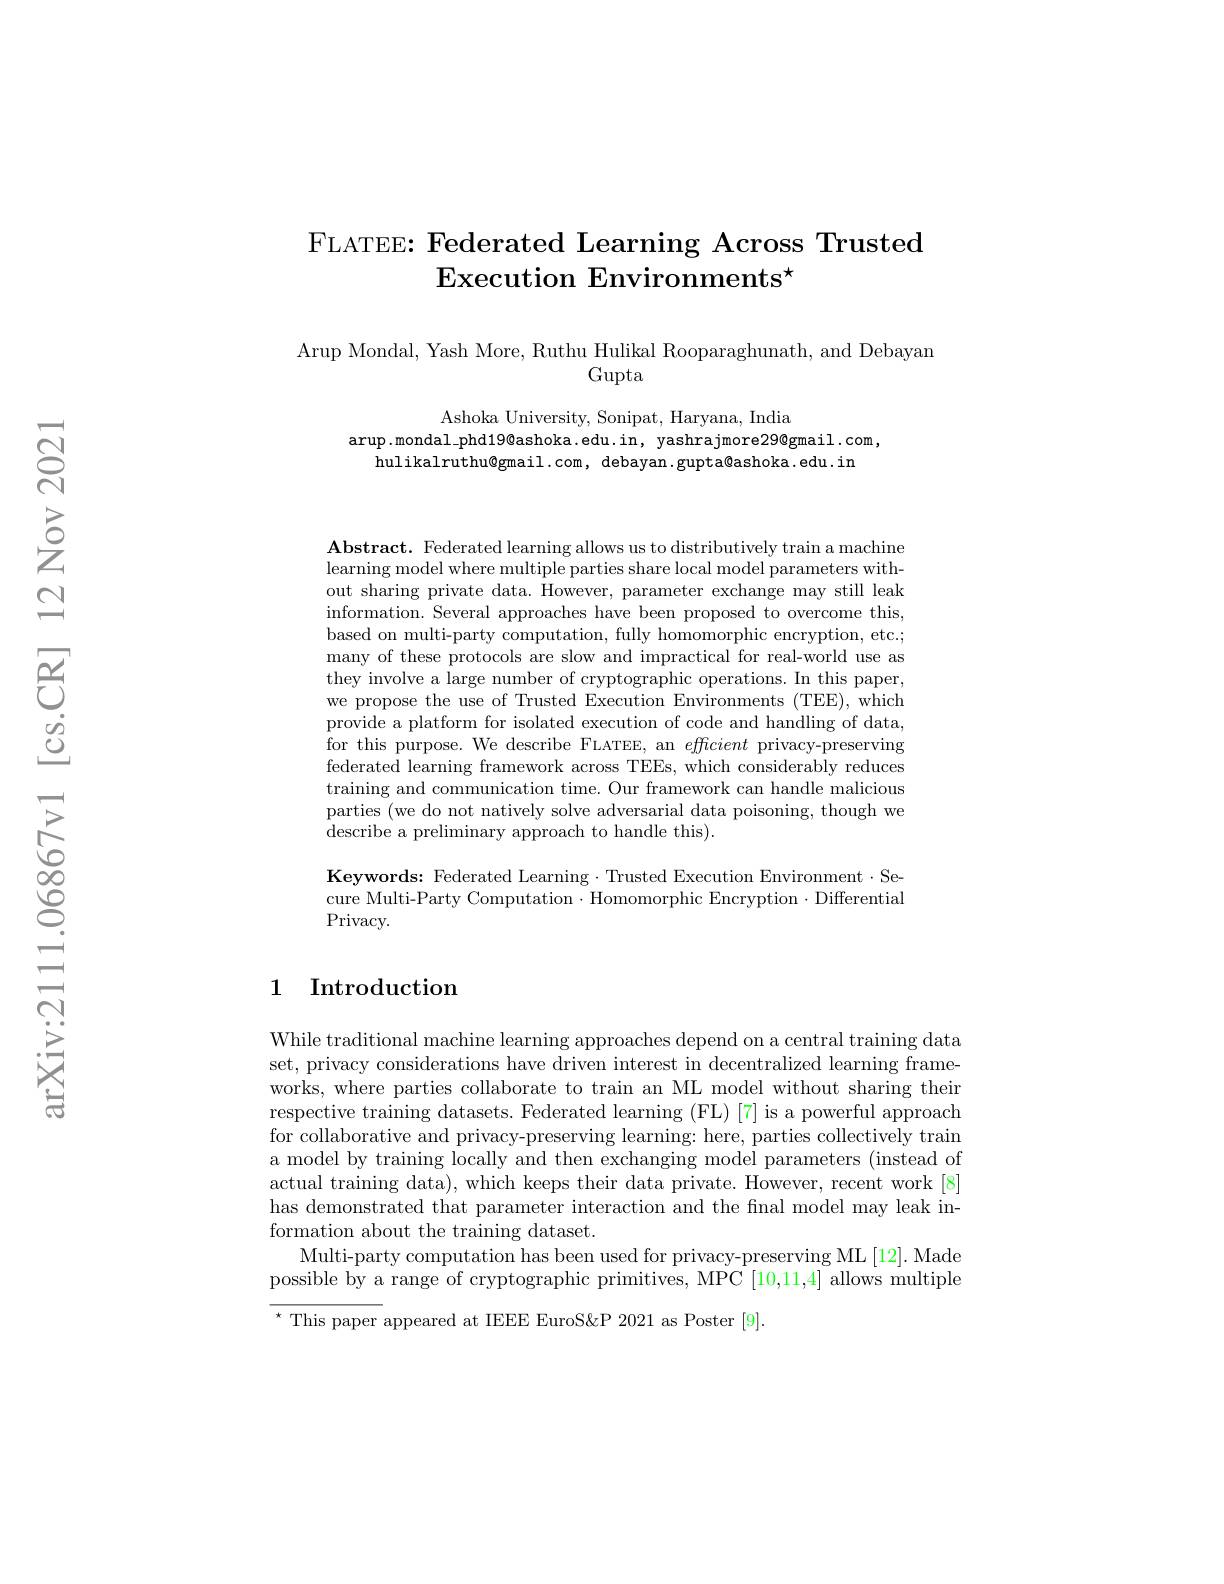
## FLATEE: Federated Learning Across Trusted Execution Environments$^\star$

Arup Mondal, Yash More, Ruthu Hulikal Rooparaghunath, and Debayan
Gupta

Ashoka University, Sonipat, Haryana, India
$\arg.$mondal\_phd19@ashoka.edu.in, yashrajmore29@gmail.com,
hulikalruthu@gmail.com, debayan.gupta@ashoka.edu.in

$\mathbf{Abstract.~Federated~learning~allows~us~to~distributively~train~a~machine}$ learning model where multiple parties share local model parameters without sharing private data. However, parameter exchange may still leak information. Several approaches have been proposed to overcome this, based on multi-party computation, fully homomorphic encryption, etc.; many of these protocols are slow and impractical for real-world use as they involve a large number of cryptographic operations. In this paper, we propose the use of Trusted Execution Environments (TEE), which provide a platform for isolated execution of code and handling of data, for this purpose. We describe FLATEE, an efficient privacy-preserving federated learning framework across TEEs, which considerably reduces training and communication time. Our framework can handle malicious parties (we do not natively solve adversarial data poisoning, though we describe a preliminary approach to handle this).

Keywords: Federated Learning $\cdot$Trusted Execution Environment$\cdot$Secure Multi-Party Computation·Homomorphic Encryption·Differential Privacy.

## 1 Introduction

While traditional machine learning approaches depend on a central training data set, privacy considerations have driven interest in decentralized learning frameworks, where parties collaborate to train an ML model without sharing their respective training datasets. Federated learning (FL) [7] is a powerful approach for collaborative and privacy-preserving learning: here, parties collectively train a model by training locally and then exchanging model parameters (instead of actual training data), which keeps their data private. However, recent work [8] has demonstrated that parameter interaction and the final model may leak information about the training dataset.
Multi-party computation has been used for privacy-preserving ML [12]. Made possible by a range of cryptographic primitives, MPC [10,11,4] allows multiple $\overline{^{\star}\text{ This paper }}$appeared at IEEEE EuroS&P 2021 as Poster [9].